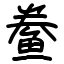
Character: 鲞